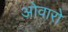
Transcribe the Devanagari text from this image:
ओवारो